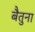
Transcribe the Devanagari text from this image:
बैतुना